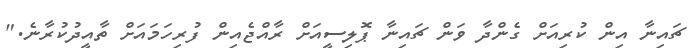
ޗައިނާ އިން ކުރިއަށް ގެންދާ ވަން ޗައިނާ ޕޮލިސީއަށް ރާއްޖެއިން ފުރިހަމައަށް ތާއީދުކުރާނެ."